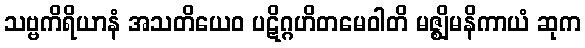
သဗ္ဗကိရိယာနံ အသတိယေဝ ပဋိဂ္ဂဟိတမေဝါတိ မဇ္ဈိမနိကာယံ ဆုက